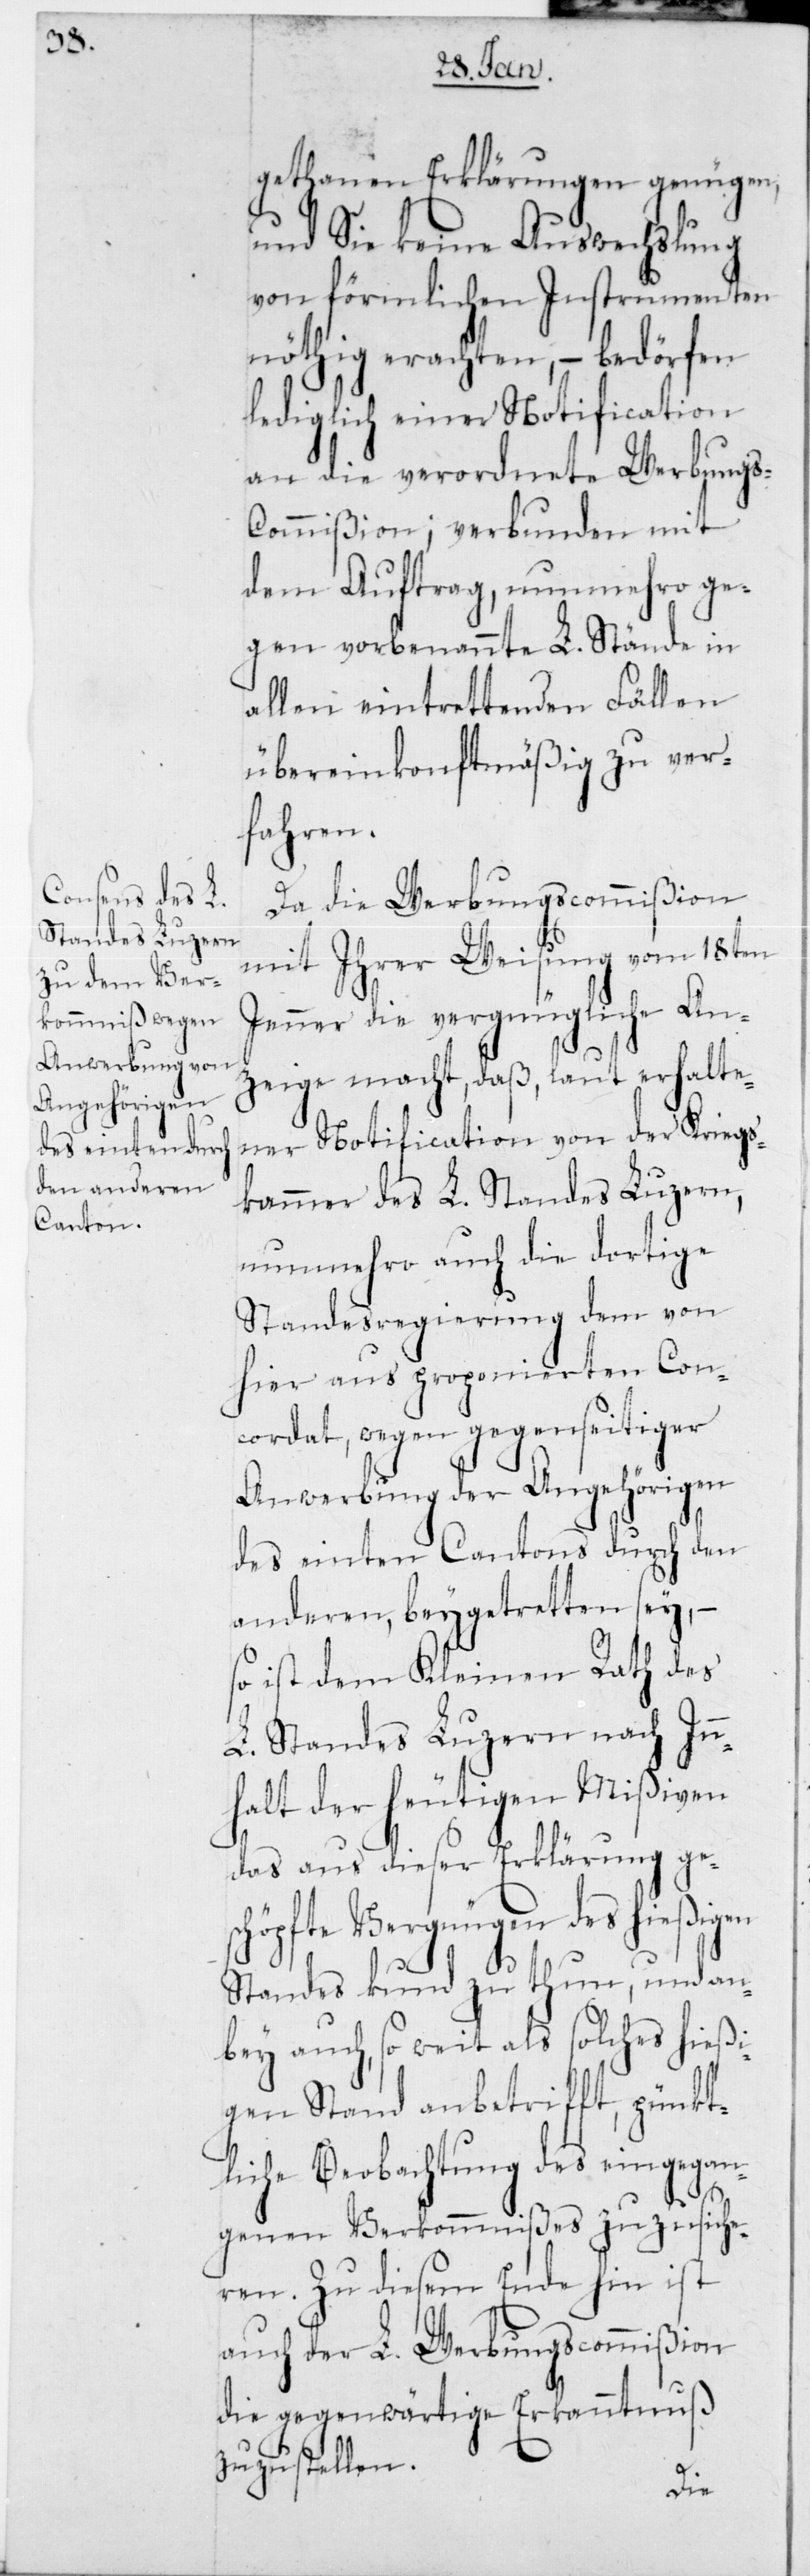
gethanen Erklärungen genügen,
und Sie keine Auswechslung
von förmlichen Instrumenten
nöthig erachten, – bedörfen
lediglich einer Notification
an die verordnete Werbungs-C¬
ommißion; verbunden mit
dem Auftrag, nunmehro ge¬
gen vorbenannte L. Stände in
allen eintretenden Fällen
übereinkonftsmäßig zu ver¬
fahren.
Da die Werbungscommißion
mit Ihrer Weisung vom 18ten
Jenner die vergnügliche An¬
zeige macht, daß, laut erhalte¬
ner Notification von der Kriegs¬
kammer des L. Standes Luzern,
nunmehro auch die dortige
Standesregierung dem von
hier aus proponierten Con¬
cordat, wegen gegenseitiger
Anwerbung der Angehörigen
des einten Cantons durch den
anderen, beygetretten sei,
so ist dem Kleinen Rath des
L. Standes Luzern nach Inn¬
halt der heutigen Mißiven
das aus dieser Erklärung ges¬
chöpfte Vergnügen des hießigen
Standes kund zu thun, und an¬
bey auch, so weit als solches hießi¬
gen Stand anbetrifft, pünkt¬
liche Beobachtung des eingegan¬
genen Verkommnißes zuzusiche¬
ren. Zu diesem Ende hin ist
auch der L. Werbungscommißion
die gegenwärtige Erkanntnus
zuzustellen.